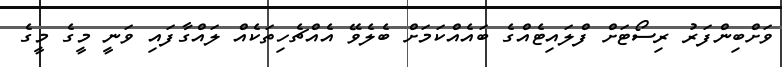
ވަށްބިންފަރު ރިސޯޓަށް ފްލައިޓެއްގެ ބައެއްކަމަށް ބެލެވޭ އެއްޗެހިތަކެއް ލައްގާފައި ވަނީ މީގެ މީގެ